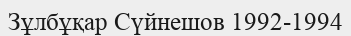
Зұлбұқар Сүйнешов 1992-1994